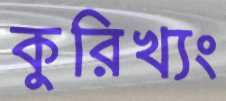
কুরিখ্যং